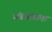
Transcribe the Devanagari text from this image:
यंत्रचालक